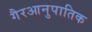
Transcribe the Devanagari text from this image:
गैरआनुपातिक